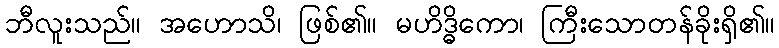
ဘီလူးသည်။ အဟောသိ၊ ဖြစ်၏။ မဟိဒ္ဓိကော၊ ကြီးသောတန်ခိုးရှိ၏။